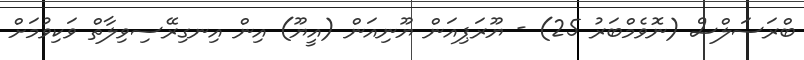
ބްރަސަލްސް (ނޮވެމްބަރު 25) - ޔޫރަޕިއަން ޔޫނިއަން (އީޔޫ) އިން އިނގިރޭސިވިލާތް ވަކިވުމަށް